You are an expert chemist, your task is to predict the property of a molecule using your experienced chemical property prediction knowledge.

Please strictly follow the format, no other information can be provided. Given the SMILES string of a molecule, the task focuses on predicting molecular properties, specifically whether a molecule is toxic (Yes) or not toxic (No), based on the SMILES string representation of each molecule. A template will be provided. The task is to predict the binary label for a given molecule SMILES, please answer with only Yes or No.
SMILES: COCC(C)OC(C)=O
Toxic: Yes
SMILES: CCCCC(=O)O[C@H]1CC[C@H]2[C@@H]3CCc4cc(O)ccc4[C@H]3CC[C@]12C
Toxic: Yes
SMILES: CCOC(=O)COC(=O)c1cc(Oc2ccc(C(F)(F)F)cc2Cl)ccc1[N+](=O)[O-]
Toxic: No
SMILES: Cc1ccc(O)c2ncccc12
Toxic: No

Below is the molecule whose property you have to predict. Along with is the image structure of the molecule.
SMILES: O=C(O)CCCc1c[nH]c2ccccc12
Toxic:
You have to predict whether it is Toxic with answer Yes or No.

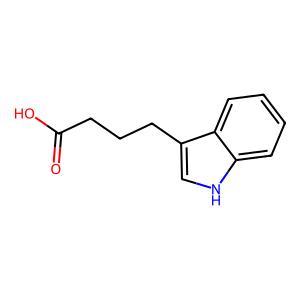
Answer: No